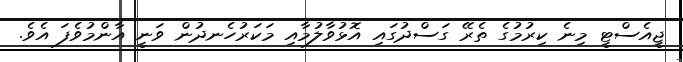
ޖީއެސްޓީ މިނެ ކިރުމުގެ ތެރޭ ގަސްދުގައި އޮޅުވާލުމާއި މަކަރުހެނދުން ވަނީ އާންމުވެފަ އެވެ.